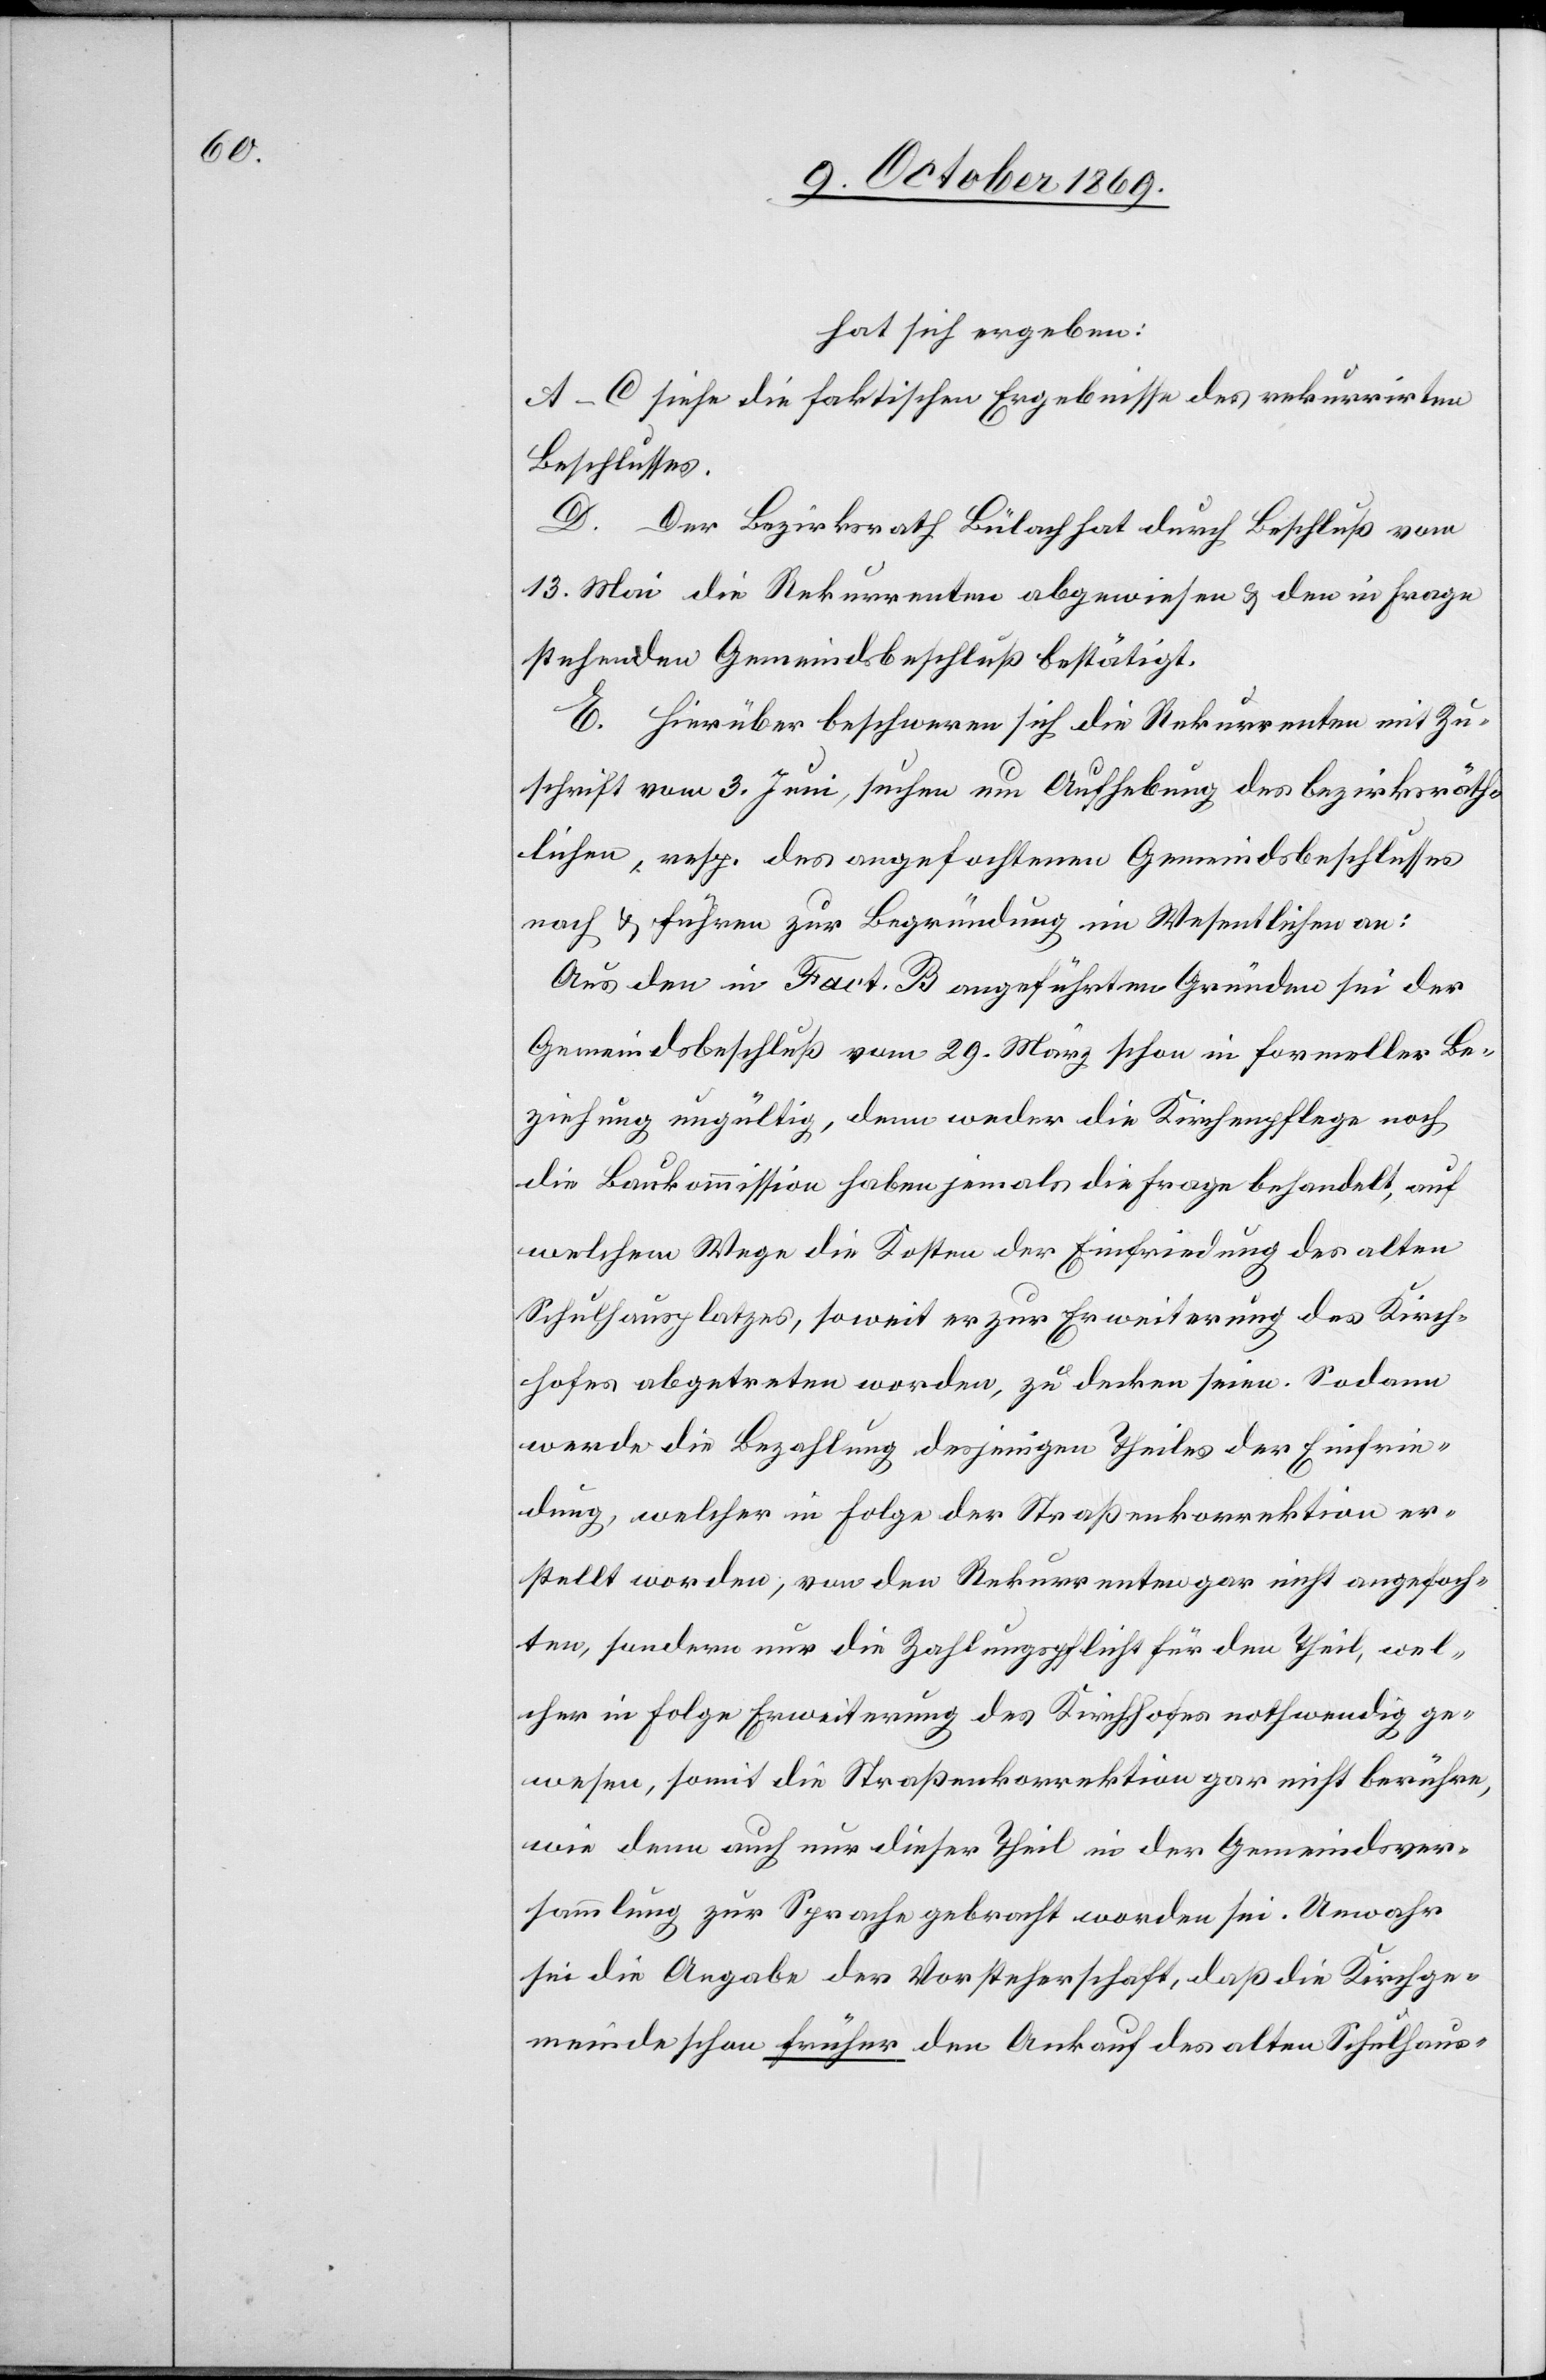
hat sich ergeben:
A–C siehe die faktischen Ergebnisse des rekurrirten
Beschlusses.
D. Der Bezirksrath Bülach hat durch Beschluß vom
13. Mai die Rekurrenten abgewiesen & den in Frage
stehenden Gemeindsbeschluß bestätigt.
E. Hierüber beschweren sich die Rekurrenten mit Zu¬
schrift vom 3. Juni, suchen um Aufhebung des bezirksräth¬
lichen, resp. des angefochtenen Gemeindsbeschlusses
nach & führen zur Begründung im Wesentlichen an:
Aus den in Fact. B angeführten Gründen sei der
Gemeindsbeschluß vom 29. März schon in formeller Be¬
ziehung ungültig, denn weder die Kirchenpflege noch
die Baukommission haben jemals die Frage behandelt, auf
welchem Wege die Kosten der Einfriedung des alten
Schulhausplatzes, soweit er zur Erweiterung des Kirch¬
hofes abgetreten worden, zu decken seien. Sodann
werde die Bezahlung desjenigen Theiles der Einfrie¬
dung, welcher in Folge der Straßenkorrektion er¬
stellt worden, von den Rekurrenten gar nicht angefoch¬
ten, sondern nur die Zahlungspflicht für den Theil, wel¬
cher in Folge Erweiterung des Kirchhofes nothwendig ge¬
wesen, somit die Straßenkorrektion gar nicht berühre,
wie denn auch nur dieser Theil in der Gemeindsver¬
sammlung zur Sprache gebracht worden sei. Unwahr
sei die Angabe der Vorsteherschaft, daß die Kirchge¬
meinde schon früher den Ankauf des alten Schulhaus-